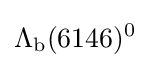
\Lambda _{\rm {b}}(6146)^{0}